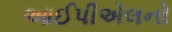
આઈપીએલનો